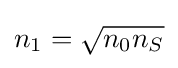
n_{1}={\sqrt {n_{0}n_{S}}}